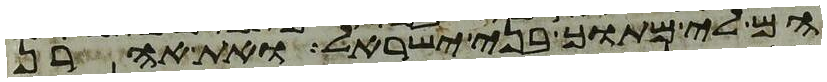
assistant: הם לי מתוך בני ישראל ואת אהרן